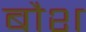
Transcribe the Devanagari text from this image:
बौश